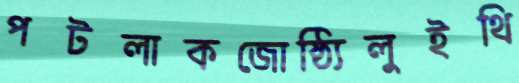
পটলাকজোষ্ঠ্যিলুইথি